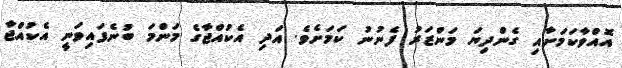
އޮއްވާކަމަށާއި ގެންދިޔަ މަންޒަރު ފެނުނު ކަމަށެވެ. އަދި އެކުއްޖާގެ މަންމަ ބުނެފައިވަނީ އެކުއްޖާ